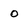
Character: 0